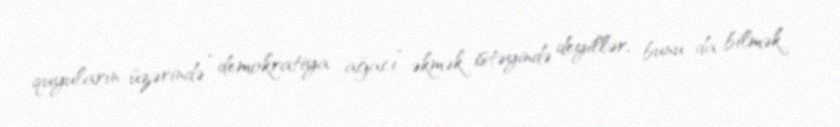
quyuların üzərində “demokratiya ağacı” əkmək istəyində deyillər, bunu da bilmək